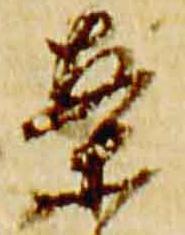
案